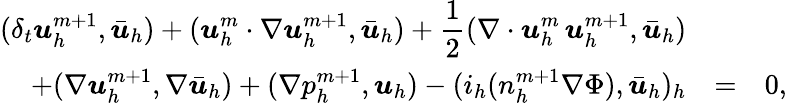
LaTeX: \begin{array}{rcl}{\displaystyle(\delta_{t}{\boldsymbol u}_{h}^{m+1},\bar{\boldsymbol u}_{h})+({\boldsymbol u}_{h}^{m}\cdot\nabla{\boldsymbol u}_{h}^{m+1},\bar{\boldsymbol u}_{h})+\frac{1}{2}(\nabla\cdot{\boldsymbol u}_{h}^{m}\, {\boldsymbol u}_{h}^{m+1},\bar{\boldsymbol u}_{h})}&&\\ {+(\nabla{\boldsymbol u}_{h}^{m+1},\nabla\bar{\boldsymbol u}_{h})+(\nabla p_{h}^{m+1},{\boldsymbol u}_{h})-(i_{h}(n_{h}^{m+1}\nabla\Phi),\bar{\boldsymbol u}_{h})_{h}}&{=}&{0,}\end{array}